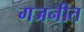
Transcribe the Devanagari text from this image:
गजनीत